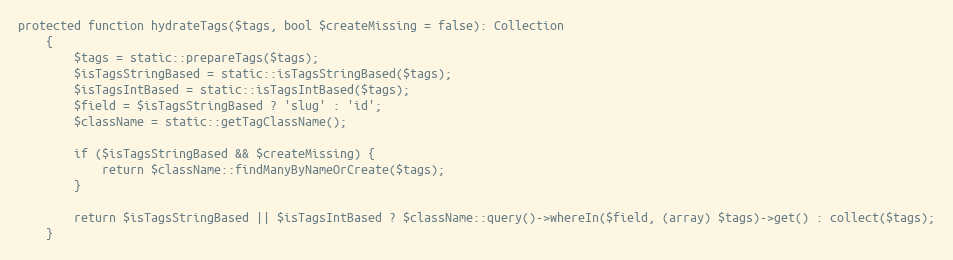
Language: PHP
protected function hydrateTags($tags, bool $createMissing = false): Collection
    {
        $tags = static::prepareTags($tags);
        $isTagsStringBased = static::isTagsStringBased($tags);
        $isTagsIntBased = static::isTagsIntBased($tags);
        $field = $isTagsStringBased ? 'slug' : 'id';
        $className = static::getTagClassName();

        if ($isTagsStringBased && $createMissing) {
            return $className::findManyByNameOrCreate($tags);
        }

        return $isTagsStringBased || $isTagsIntBased ? $className::query()->whereIn($field, (array) $tags)->get() : collect($tags);
    }